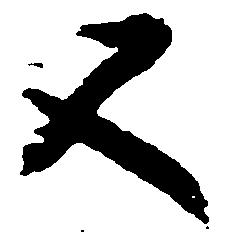
又